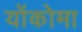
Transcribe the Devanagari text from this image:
योंकोमा